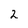
Character: 2